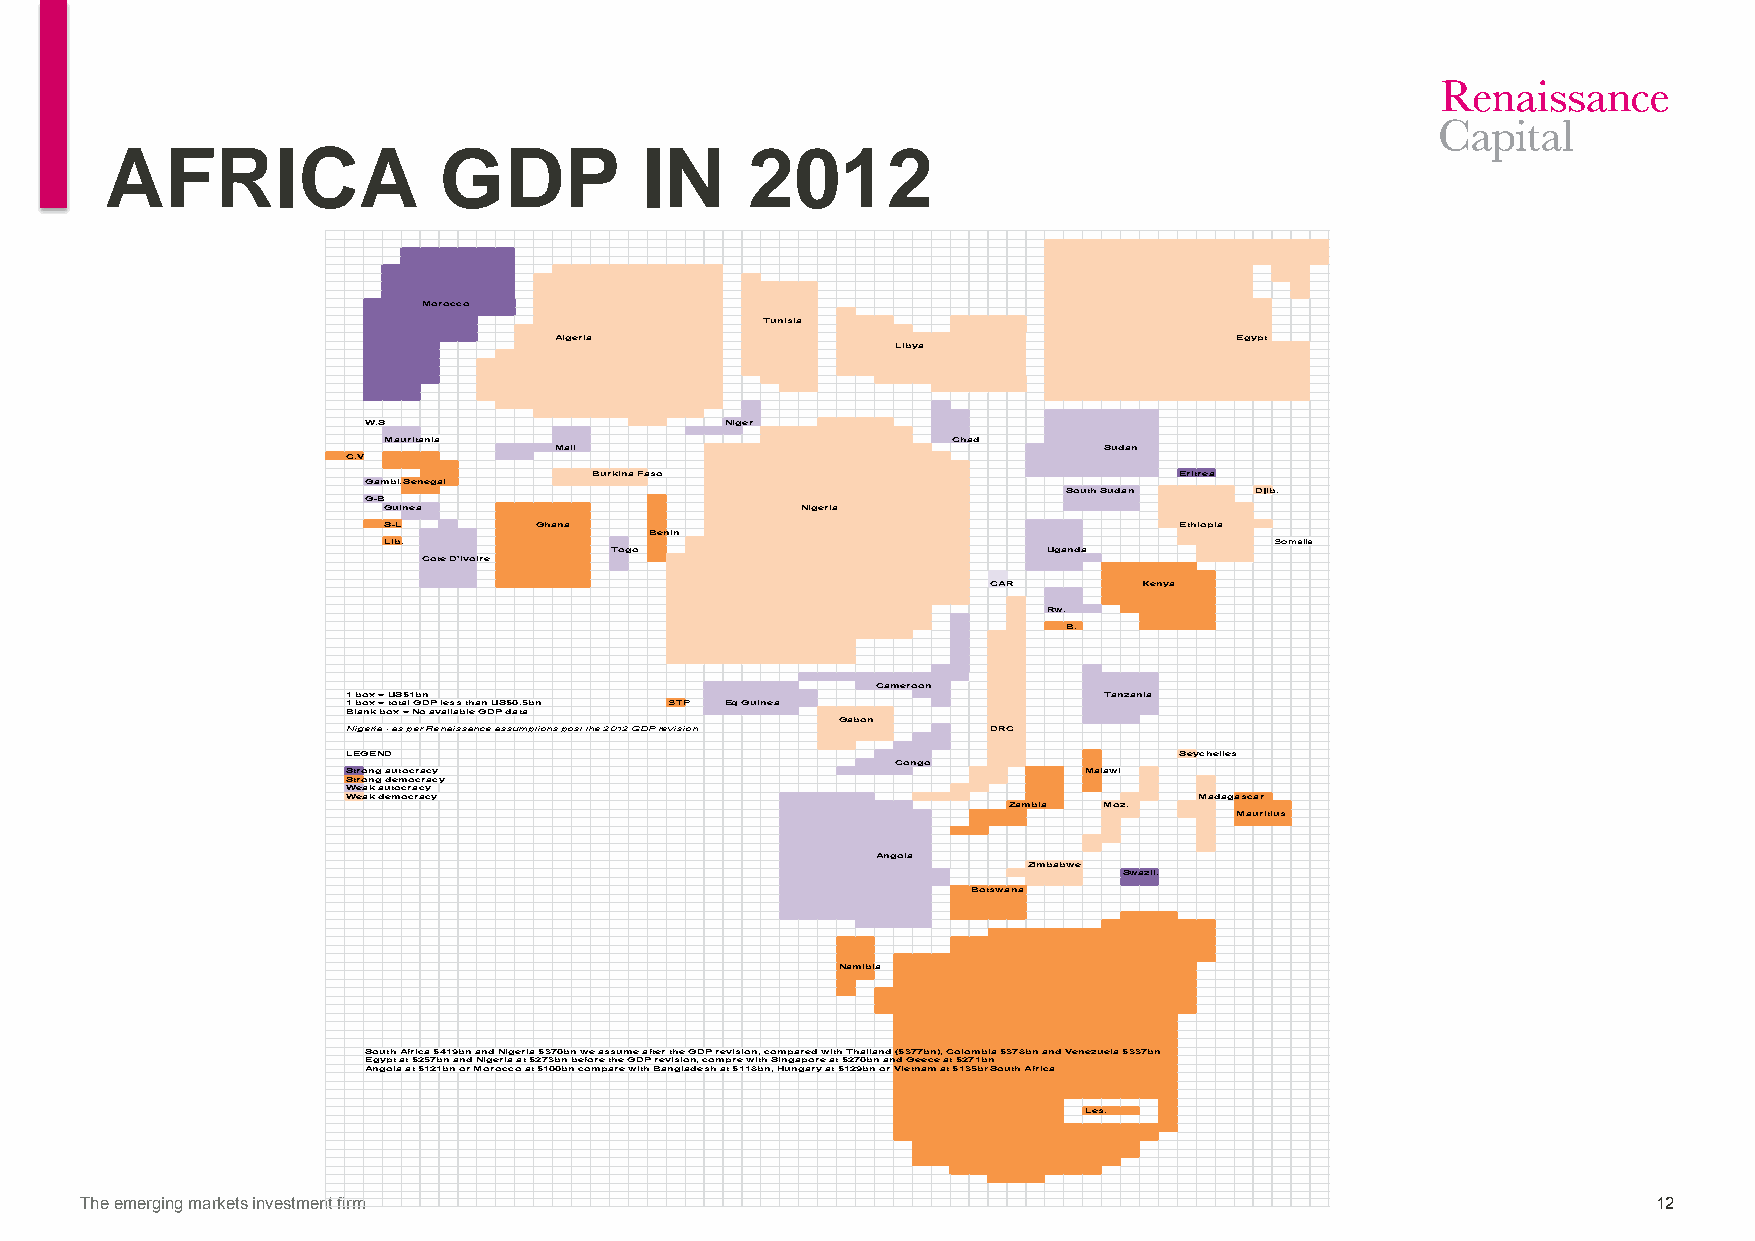
AFRICA                GDP          IN     2012
 Morocco
 Tunisia
 Algeria                                      Egypt
 Libya
 W.S                     Niger
 Mauritania                            Chad
 Mali                                Sudan
 C.V
 Burkina Faso                           Eritrea
 GambiaSenegal
 South Sudan Djib.
 G-B
 Guinea                      Nigeria
 S-L       Ghana                                      Ethiopia
 Benin
 Lib.                                                       Somalia
 Togo                         Uganda
 Cote D'Ivoire
 CAR       Kenya
 Rw.
 B.
 Cameroon
 1 box = US$1bn                                    Tanzania
 1 box = total GDP less than US$0.5bn STP Eq Guinea
 Blank box = No available GDP data
 Gabon
 Nigeria - as per Renaissance assumptions post the 2012 GDP revision DRC
 LEGEND                                                 Seychelles
 Congo
 Strong autocracy                                 Malawi
 Strong democracy
 Weak autocracy
 Weak democracy                                          Madagascar
 Zambia Moz.
 Mauritius
 Angola
 Zimbabwe
 Swazil.
 Botswana
 Namibia
 South Africa $419bn and Nigeria $370bn we assume after the GDP revision, compared with Thailand ($377bn), Colombia $378bn and Venezuela $337bn
 Egypt at $257bn and Nigeria at $273bn before the GDP revision, compre with Singapore at $270bn and Geece at $271bn
 Angola at $121bn or Morocco at $100bn compare with Bangladesh at $118bn, Hungary at $129bn or Vietnam at $135bnSouth Africa
 Les.
 The emerging markets investment firm                                                                     12